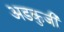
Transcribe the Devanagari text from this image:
अडकुजी